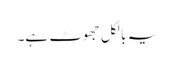
یہ بالکل جھوٹ ہے۔